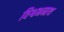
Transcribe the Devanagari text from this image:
विश्वभनाथ